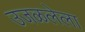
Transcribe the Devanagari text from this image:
उजळलेला